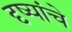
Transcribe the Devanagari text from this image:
दृष्यांचे